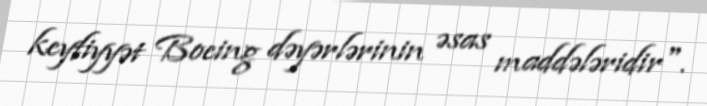
keyfiyyət Boeing dəyərlərinin əsas maddələridir".